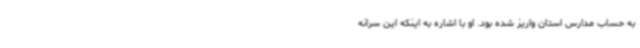
به حساب مدارس استان واریز شده بود. او با اشاره به اینکه این سرانه